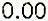
0.00